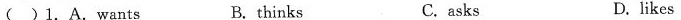
( )1.A.wants B. thinks C.asks D. likes